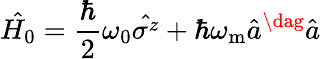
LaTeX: \hat{H_{0}}=\frac{\hbar}{2}\omega_{0}\hat{\sigma^{z}}+\hbar\omega_{\mathrm{m}}\hat{a}^{\dag}\hat{a}